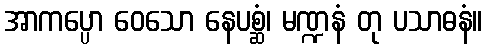
အာကပ္ပော ဝေသော နေပစ္ဆံ၊ မဏ္ဍနံ တု ပသာဓနံ။